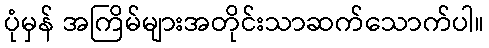
ပုံမှန် အကြိမ်များအတိုင်းသာဆက်သောက်ပါ။